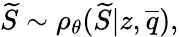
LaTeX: \widetilde{S}\sim\rho_{\theta}(\widetilde{S}|z,\overline{{q}}),